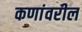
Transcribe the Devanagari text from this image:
कणांवरील